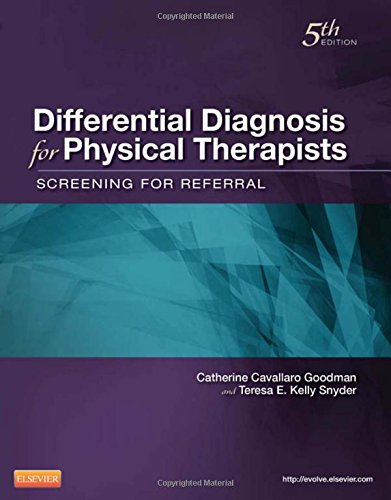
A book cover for Differential Diagnosis for Physical Therapists: Screening for Referral, 5e (Differential Diagnosis In Physical Therapy); Catherine C. Goodman MBA  PT  CBP; Medical Books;